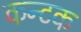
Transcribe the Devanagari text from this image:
कन्टक